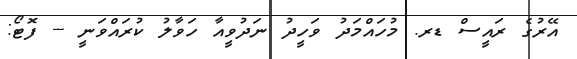
އޭރުގެ ރައީސް ޑރ. މުހައްމަދު ވަހީދު ނަދުވީއާ ހަވާލު ކުރައްވަނީ -- ފޮޓޯ: